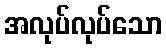
အလုပ်လုပ်သော